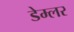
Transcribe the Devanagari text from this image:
डेम्लर